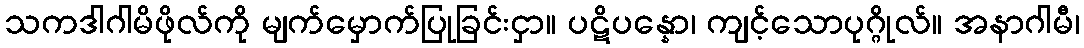
သကဒါဂါမိဖိုလ်ကို မျက်မှောက်ပြုခြင်းငှာ။ ပဋိပန္နော၊ ကျင့်သောပုဂ္ဂိုလ်။ အနာဂါမီ၊